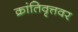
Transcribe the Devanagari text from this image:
क्रांतिवृत्तवर